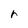
Character: r